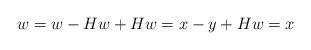
LaTeX: \begin{align*}w=w-Hw+Hw=x-y+Hw = x\end{align*}